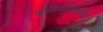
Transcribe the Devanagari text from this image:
कोशिकाओंसहित